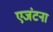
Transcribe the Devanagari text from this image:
एजंटना